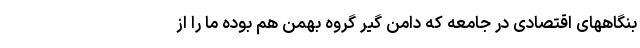
بنگاههای اقتصادی در جامعه که دامن گیر گروه بهمن هم بوده ما را از